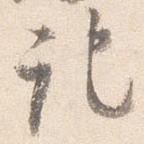
記